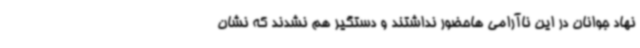
نهاد جوانان در این ناآرامی هاحضور نداشتند و دستگیر هم نشدند که نشان